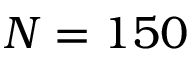
N = 1 5 0